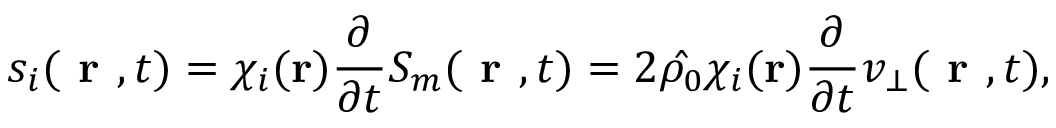
s _ { i } ( \textbf { r } , t ) = \chi _ { i } ( \textbf r ) \frac { \partial } { \partial t } S _ { m } ( \textbf { r } , t ) = 2 \hat { \rho _ { 0 } } \chi _ { i } ( \textbf r ) \frac { \partial } { \partial t } v _ { \bot } ( \textbf { r } , t ) ,